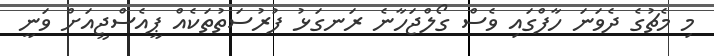
މި މެޗުގެ ދެވަނަ ހާފްގައި ވެސް ގޯލްޖަހާނެ ރަނގަޅު ފުރުސަތުތަކެއް ޕީއެސްޖީއަށް ވަނީ